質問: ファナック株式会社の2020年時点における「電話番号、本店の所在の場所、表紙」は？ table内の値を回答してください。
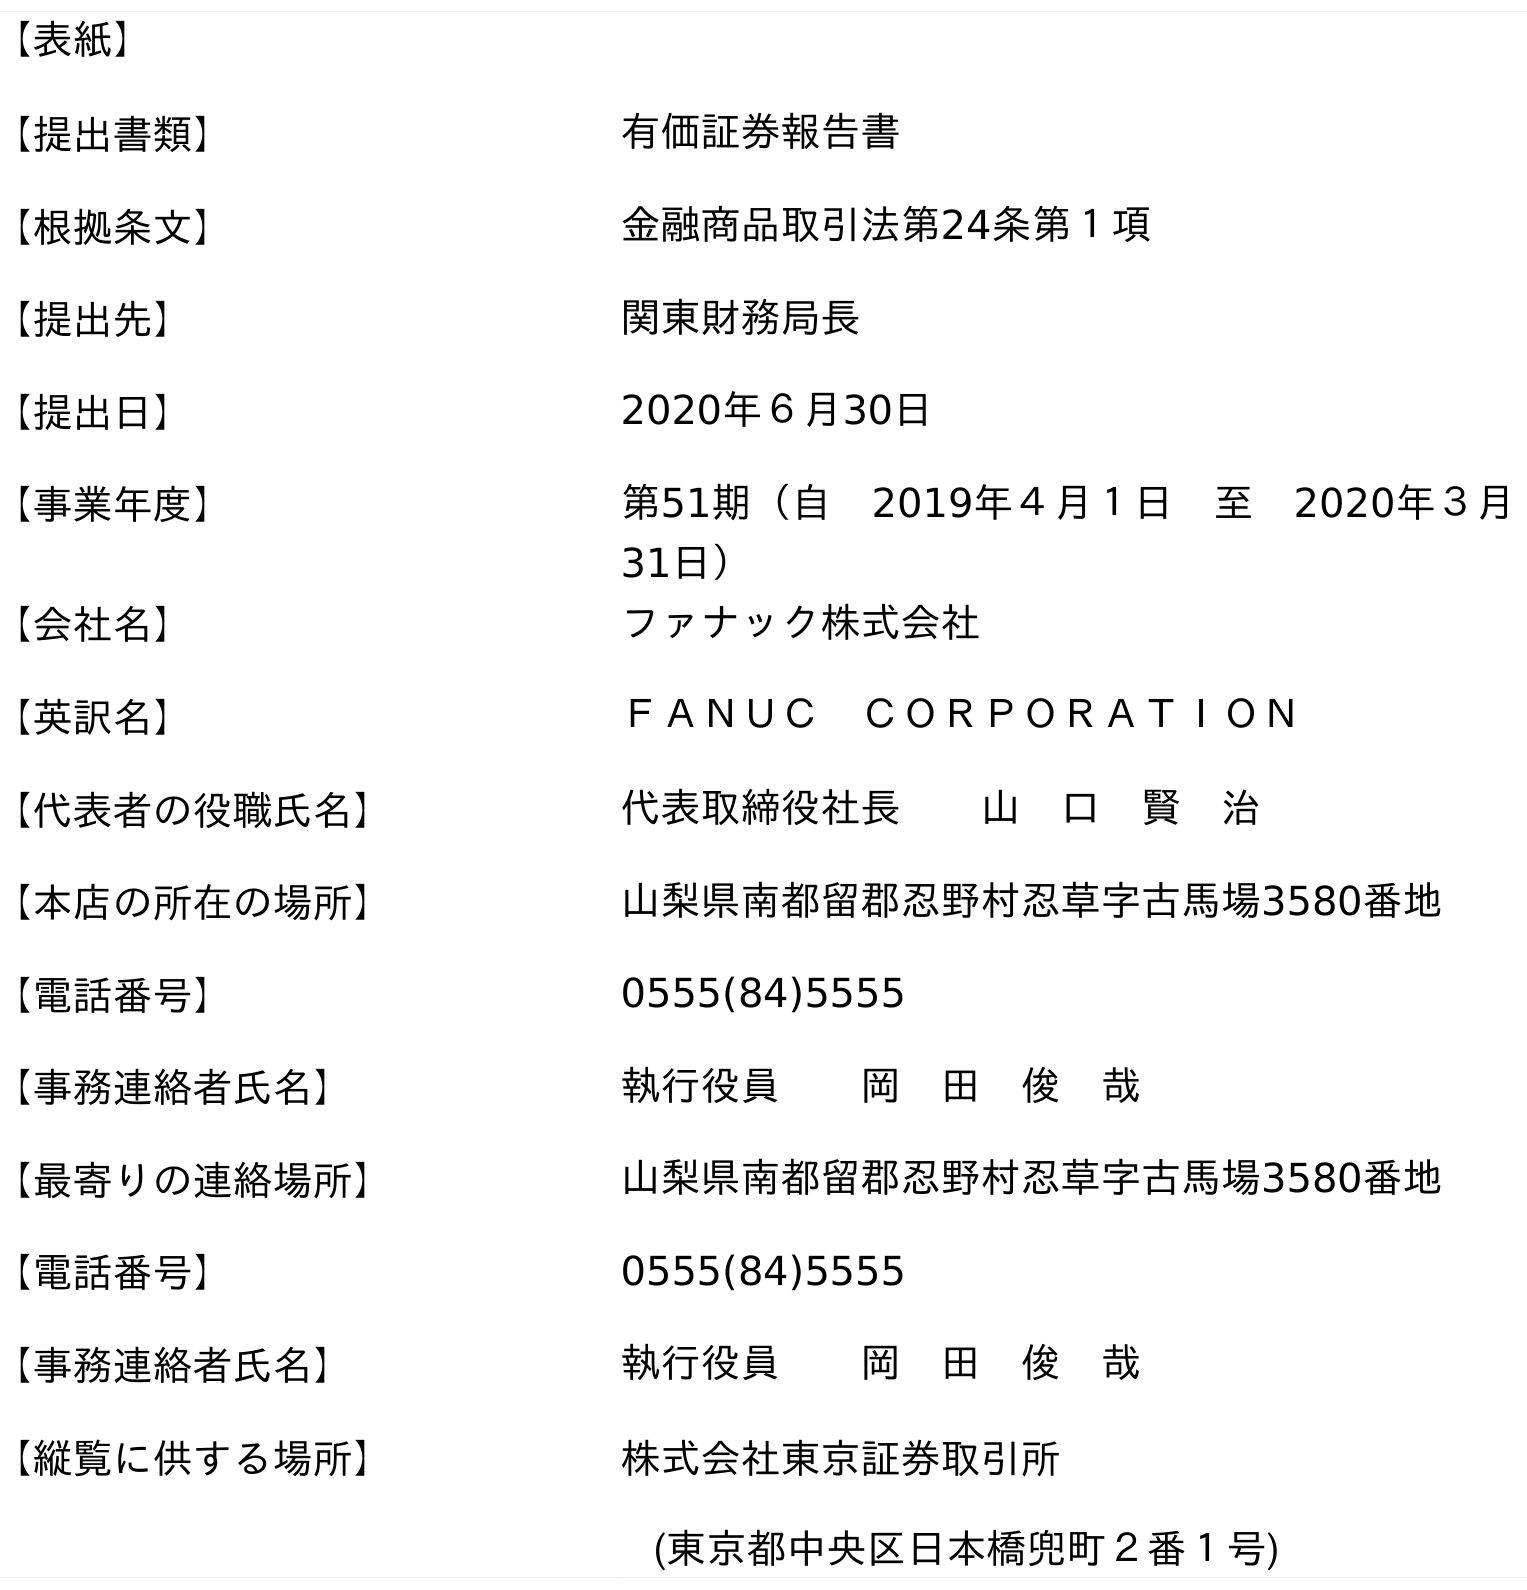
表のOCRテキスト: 【表紙】 【提出書類】 有価証券報告書 【根拠条文】 金融商品取引法第24条第１項 【提出先】 関東財務局長 【提出日】 2020年６月30日 【事業年度】 第51期（自 2019年４月１日 至 2020年３月 31日） 【会社名】 ファナック株式会社 【英訳名】 ＦＡＮＵＣ ＣＯＲＰＯＲＡＴＩＯＮ 【代表者の役職氏名】 代表取締役社長  山 口 賢 治 【本店の所在の場所】 山梨県南都留郡忍野村忍草字古馬場3580番地 【電話番号】 0555(84)5555 【事務連絡者氏名】 執行役員  岡 田 俊 哉 【最寄りの連絡場所】 山梨県南都留郡忍野村忍草字古馬場3580番地 【電話番号】 0555(84)5555 【事務連絡者氏名】 執行役員  岡 田 俊 哉 【縦覧に供する場所】 株式会社東京証券取引所 (東京都中央区日本橋兜町２番１号)
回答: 0555(84)5555